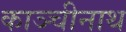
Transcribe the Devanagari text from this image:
काञ्चीनाथ